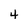
Character: 4